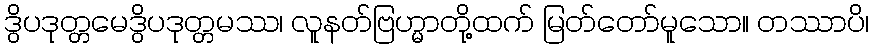
ဒွိပဒုတ္တမေဒွိပဒုတ္တမဿ၊ လူနတ်ဗြဟ္မာတို့ထက် မြတ်တော်မူသော။ တဿာပိ၊